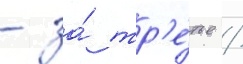
- за́ тр'е́тье /